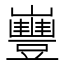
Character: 𡾿